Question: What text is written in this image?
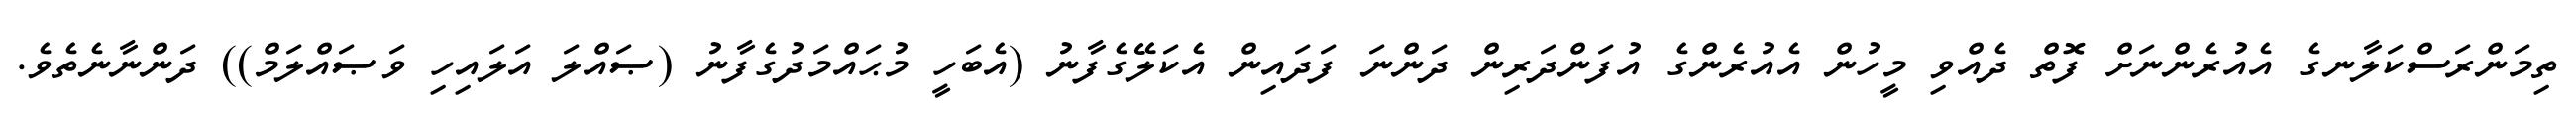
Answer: ތިމަންރަސްކަލާނގެ އެއުރެންނަށް ފޮތް ދެއްވި މީހުން އެއުރެންގެ އުފަންދަރިން ދަންނަ ފަދައިން އެކަލޭގެފާނު (އެބަހީ މުޙައްމަދުގެފާނު (ޞައްލަ އަލައިހި ވަޞައްލަމް)) ދަންނާނެތެވެ.